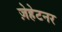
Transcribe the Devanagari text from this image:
ज़ेहेटनर